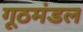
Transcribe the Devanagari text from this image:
गूठमंडल